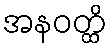
အနဝတ္ထိ